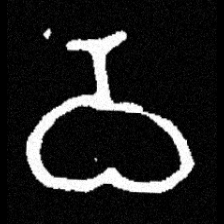
Pyu character \u2014 Myanmar letter: ဝ (romanized: wa)